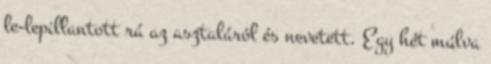
le-lepillantott rá az asztaláról és nevetett. Egy hét múlva